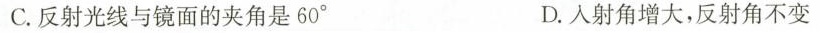
C.反射光线与镜面的夹角是60° D.人射角增大，反射角不变